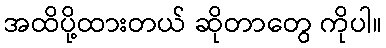
အထိပို့ထားတယ် ဆိုတာတွေ ကိုပါ။